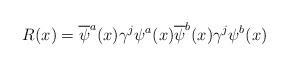
\begin{align*}R(x) = \overline\psi^{a}(x) \gamma^{j} \psi^{a}(x) \overline\psi^{b}(x) \gamma^{j} \psi^{b}(x) \end{align*}